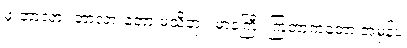
ဖုံးတာလား ဘာလားတော့ မသိဘူး၊ မာနကြီး ကြတာကတော့ အမှန်ပဲ